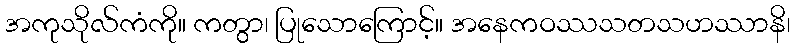
အကုသိုလ်ကံကို။ ကတွာ၊ ပြုသောကြောင့်။ အနေကဝဿသတသဟဿာနိ၊